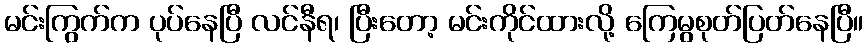
မင်းကြွက်က ပုပ်နေပြီ လင်နီရ၊ ပြီးတော့ မင်းကိုင်ထားလို့ ကြေမွစုတ်ပြတ်နေပြီ။